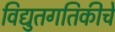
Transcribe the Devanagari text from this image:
विद्युतगतिकीचे